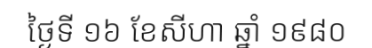
ថ្ងៃទី ១៦ ខែសីហា ឆ្នាំ ១៩៨០